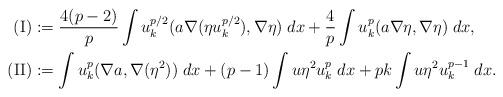
LaTeX: \begin{align*} \textnormal{(I)} & := \frac{4(p-2)}{p}\int u_k^{p/2}(a\nabla (\eta u_k^{p/2}),\nabla \eta)\;dx+\frac{4}{p}\int u_k^{p}(a\nabla \eta,\nabla \eta)\;dx,\\ \textnormal{(II)} & := \int u_k^p (\nabla a,\nabla (\eta^2))\;dx+(p-1)\int u\eta^2 u_k^p\;dx+pk\int u\eta^2 u_k^{p-1} \;dx. \end{align*}